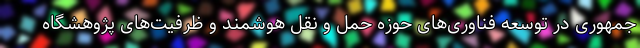
جمهوری در توسعه فناوری‌های حوزه حمل و نقل هوشمند و ظرفیت‌های پژوهشگاه